Plague in India, 1896, 1897 - Volume 2
Year: 1896
Disease focus: Plague
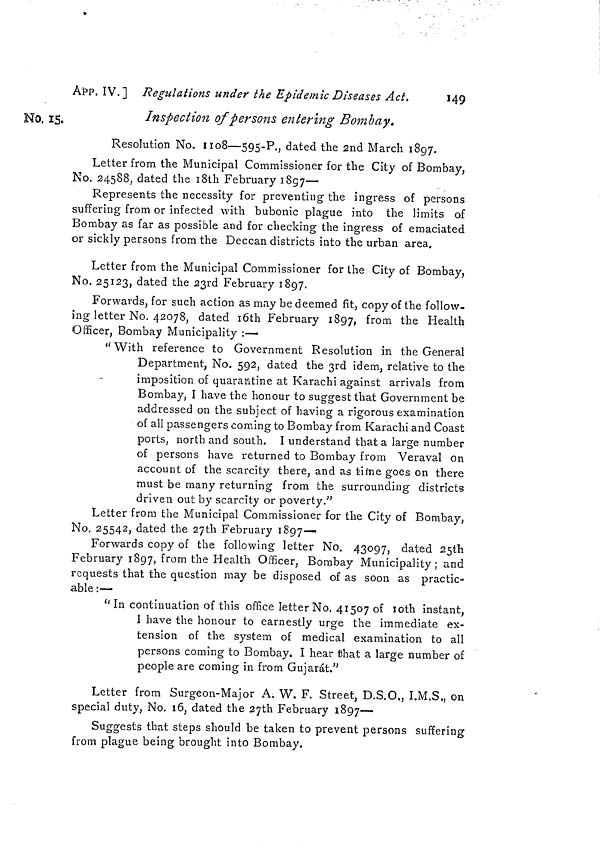
APP. IV.] Regulations under the Epidemic Diseases Act.
149
Inspection of persons entering Bombay.
No. 15.
Resolution No. 1108—595-P., dated the 2nd March 1897.
Letter from the Municipal Commissioner for the City of Bombay,
No. 24588, dated the 18th February 1897—
Represents the necessity for preventing the ingress of persons
suffering from or infected with bubonic plague into the limits of
Bombay as far as possible and for checking the ingress of emaciated
or sickly persons from the Deccan districts into the urban area.
Letter from the Municipal Commissioner for the City of Bombay,
No. 25123, dated the 23rd February 1897.
Forwards, for such action as may be deemed fit, copy of the follow-
ing letter No. 42078, dated l6th February 1897, from the Health
Officer, Bombay Municipality :—
"With reference to Government Resolution in the General
Department, No. 592, dated the 3rd idem, relative to the
imposition of quarantine at Karachi against arrivals from
Bombay, I have the honour to suggest that Government be
addressed on the subject of having a rigorous examination
of all passengers coming to Bombay from Karachi and Coast
ports, north and south. I understand that a large number
of persons have returned to Bombay from Veraval on
account of the scarcity there, and as time goes on there
must be many returning from the surrounding districts
driven out by scarcity or poverty."
Letter from the Municipal Commissioner for the City of Bombay,
No. 25542, dated the 27th February 1897—
Forwards copy of the following letter No. 43097, dated 25th
February 1897, from the Health Officer, Bombay Municipality; and
requests that the question may be disposed of as soon as practic-
able :—
" In continuation of this office letter No. 41507 of loth instant,
I have the honour to earnestly urge the immediate ex-
tension of the system of medical examination to all
persons coming to Bombay. I hear that a large number of
people are coming in from Gujarat."
Letter from Surgeon-Major A. W. F. Street, D.S.O., I.M.S., on
special duty, No. 16, dated the 27th February 1897—
Suggests that steps should be taken to prevent persons suffering
from plague being brought into Bombay.